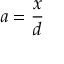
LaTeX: a = { \frac { x } { d } }